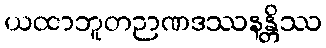
ယထာဘူတဉာဏဒဿနန္တိဿ